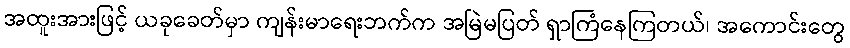
အထူးအားဖြင့် ယခုခေတ်မှာ ကျန်းမာရေးဘက်က အမြဲမပြတ် ရှာကြံနေကြတယ်၊ အကောင်းတွေ